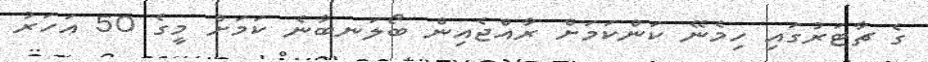
ގެ ޗާޓަރުގައި ހިމެނޭ ކަންކަމަށް ރާއްޖެއިން ބޯލަނބާނެ ކަމަށް މީގެ 50 އަހަރު